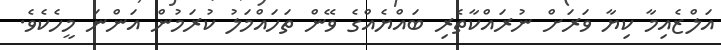
އަލްޒެއިމާ ކިޔާ ވަރަށް ނުރައްކާތެރި ބައްޔެއްގެ ވޭން ތަހައްމަލު ކުރަމުން އަންނަ މީހެކެވެ.